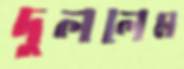
দুললেম